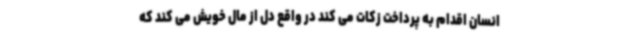
انسان اقدام به پرداخت زکات می کند در واقع دل از مال خویش می کند که